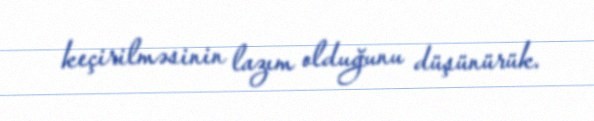
keçirilməsinin lazım olduğunu düşünürük.